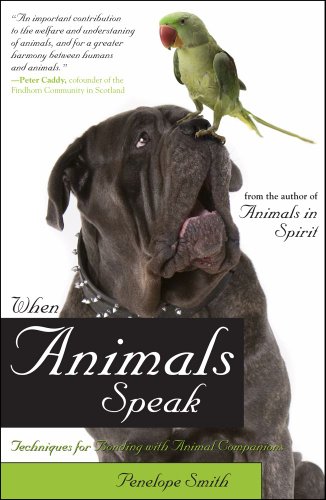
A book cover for When Animals Speak: Techniques for Bonding With Animal Companions; Penelope Smith; Crafts, Hobbies & Home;